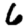
Digit: 6